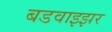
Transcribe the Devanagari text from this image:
बडवाइझर